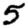
Digit: 5